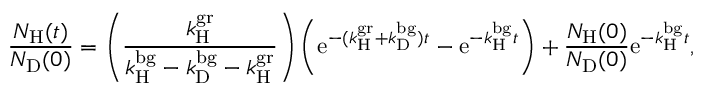
\frac { N _ { \mathrm { H } } ( t ) } { N _ { \mathrm { D } } ( 0 ) } = \left( \frac { k _ { \mathrm { H } } ^ { \mathrm { g r } } } { k _ { \mathrm { H } } ^ { \mathrm { b g } } - k _ { \mathrm { D } } ^ { \mathrm { b g } } - k _ { \mathrm { H } } ^ { \mathrm { g r } } } \right) \left( \mathrm { e } ^ { - ( k _ { \mathrm { H } } ^ { \mathrm { g r } } + k _ { \mathrm { D } } ^ { \mathrm { b g } } ) t } - \mathrm { e } ^ { - k _ { \mathrm { H } } ^ { \mathrm { b g } } t } \right) + \frac { N _ { \mathrm { H } } ( 0 ) } { N _ { \mathrm { D } } ( 0 ) } \mathrm { e } ^ { - k _ { \mathrm { H } } ^ { \mathrm { b g } } t } ,